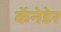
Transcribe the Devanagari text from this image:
कॅनेडेर